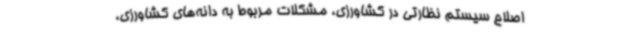
اصلاح سیستم نظارتی در کشاورزی، مشکلات مربوط به دانه‌های کشاورزی،